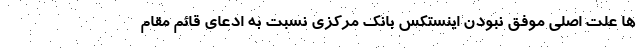
ها علت اصلی موفق نبودن اینستکس بانک مرکزی نسبت به ادعای قائم مقام